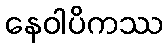
နေဝါပိကဿ